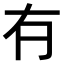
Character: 𠕆